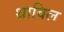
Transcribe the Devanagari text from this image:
थाविल